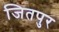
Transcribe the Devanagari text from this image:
जितपुर